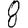
Digit: 8